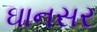
ઘાનસર